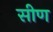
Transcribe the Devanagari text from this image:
सीण